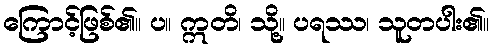
ကြောင့်ဖြစ်၏။ ပ။ ဣတိ၊ သို့။ ပရဿ၊ သူတပါး၏။